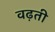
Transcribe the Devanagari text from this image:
वढ़ती